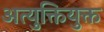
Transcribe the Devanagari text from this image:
अत्युक्तियुक्त